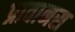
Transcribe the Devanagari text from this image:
प्रावानस